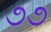
૭૭